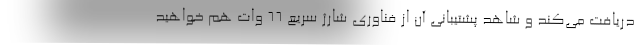
دریافت می‌کند و شاهد پشتیبانی آن از فناوری شارژ سریع 66 وات هم خواهید